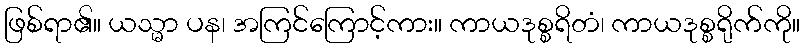
ဖြစ်ရာ၏။ ယသ္မာ ပန၊ အကြင်ကြောင့်ကား။ ကာယဒုစ္စရိတံ၊ ကာယဒုစ္စရိုက်ကို။